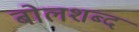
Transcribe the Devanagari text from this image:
बोलशब्द